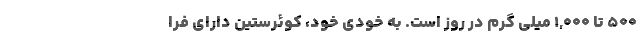
500 تا 1,000 میلی گرم در روز است. به خودی خود، کوئرستین دارای فرا